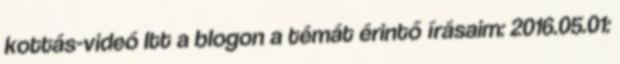
kottás-videó Itt a blogon a témát érintő írásaim: 2016.05.01: